Vaccine operations Central Provinces & Berar 1912-1920 - 1912-1920
Year: 1912
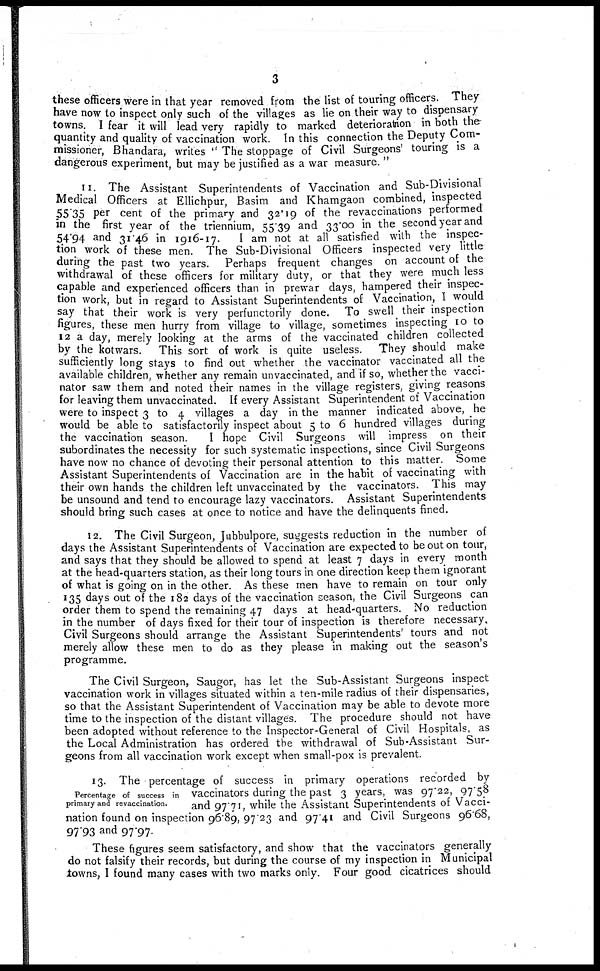
3
these officers were in that year removed from the list of touring officers. They
have now to inspect only such of the villages as lie on their way to dispensary
towns. I fear it will lead very rapidly to marked deterioration in both the
quantity and quality of vaccination work. In this connection the Deputy Com-
missioner, Bhandara, writes " The stoppage of Civil Surgeons' touring is a
dangerous experiment, but may be justified as a war measure. "
11. The Assistant Superintendents of Vaccination and Sub-Divisional
Medical Officers at Ellichpur, Basim and Khamgaon combined, inspected
55.35 per cent of the primary and 32.19 of the revaccinations performed
in the first year of the triennium, 55.39 and 33.00 in the second year and
54.94 and 31.46 in 1916-17.
I am not at all satisfied with the inspec-
tion work of these men. The Sub-Divisional Officers inspected very little
during the past two years. Perhaps frequent changes on account of the
withdrawal of these officers for military duty, or that they were much less
capable and experienced officers than in prewar days, hampered their inspec-
tion work, but in regard to Assistant Superintendents of Vaccination, I would
say that their work is very perfunctorily done. To swell their inspection
figures, these men hurry from village to village, sometimes inspecting 10 to
12 a day, merely looking at the arms of the vaccinated children collected
by the kotwars. This sort of work is quite useless. They should make
sufficiently long stays to find out whether the vaccinator vaccinated all the
available children, whether any remain unvaccinated, and if so, whether the vacci-
nator saw them and noted their names in the village registers, giving reasons
for leaving them unvaccinated. If every Assistant Superintendent of Vaccination
were to inspect 3 to 4 villages a day in the manner indicated above, he
would be able to satisfactorily inspect about 5 to 6 hundred villages during
the vaccination season.
I hope Civil Surgeons will impress on their
subordinates the necessity for such systematic inspections, since Civil Surgeons
have now no chance of devoting their personal attention to this matter. Some
Assistant Superintendents of Vaccination are in the habit of vaccinating with
their own hands the children left unvaccinated by the vaccinators. This may
be unsound and tend to encourage lazy vaccinators. Assistant Superintendents
should bring such cases at once to notice and have the delinquents fined.
12. The Civil Surgeon, Jubbulpore, suggests reduction in the number of
days the Assistant Superintendents of Vaccination are expected to be out on tour,
and says that they should be allowed to spend at least 7 days in every month
at the head-quarters station, as their long tours in one direction keep them ignorant
of what is going on in the other. As these men have to remain on tour only
135 days out of the 182 days of the vaccination season, the Civil Surgeons can
order them to spend the remaining 47 days at head-quarters. No reduction
in the number of days fixed for their tour of inspection is therefore necessary.
Civil Surgeons should arrange the Assistant Superintendents' tours and not
merely allow these men to do as they please in making out the season's
programme.
The Civil Surgeon, Saugor, has let the Sub-Assistant Surgeons inspect
vaccination work in villages situated within a ten-mile radius of their dispensaries,
so that the Assistant Superintendent of Vaccination may be able to devote more
time to the inspection of the distant villages. The procedure should not have
been adopted without reference to the Inspector-General of Civil Hospitals, as
the Local Administration has ordered the withdrawal of Sub-Assistant Sur-
geons from all vaccination work except when small-pox is prevalent.
Percentage of success in
primary and revaccination.
13. The percentage of success in primary operations recorded by
vaccinators during the past 3 years, was 97.22, 97.58
and 97.71, while the Assistant Superintendents of Vacci-
nation found on inspection 96.89, 97.23 and 97.41 and Civil Surgeons 96.68,
97.93 and 97.97.
These figures seem satisfactory, and show that the vaccinators generally
do not falsify their records, but during the course of my inspection in Municipal
towns, I found many cases with two marks only. Four good cicatrices should